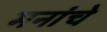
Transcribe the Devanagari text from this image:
मनांचे